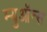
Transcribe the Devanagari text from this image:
म्युऑन्स